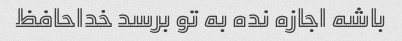
باشه اجازه نده به تو برسد خداحافظ